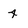
Character: 4